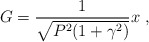
\begin{align*}G = \frac{1}{\sqrt{P^2(1+\gamma^2)}} x \ ,\end{align*}